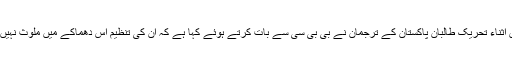
دریں اثناء تحریک طالبان پاکستان کے ترجمان نے بی بی سی سے بات کرتے ہوئے کہا ہے کہ ان کی تنظیم اس دھماکے میں ملوث نہیں ہے۔